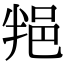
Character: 𨚚